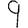
Digit: 9